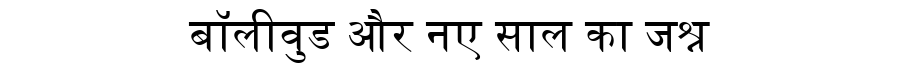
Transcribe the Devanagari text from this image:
बॉलीवुड और नए साल का जश्न